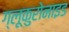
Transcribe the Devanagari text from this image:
ग्लूकुरोनाइड